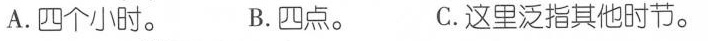
A.四个小时。 B.四点。 C.这里泛指其他时节。